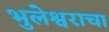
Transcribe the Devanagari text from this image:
भुलेश्वराचा